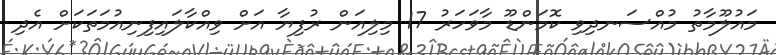
މައުލޫމާތު މުއްސަނދިވި ކޮމަންޑޫ މާވަހަރު 17 މިލިއަން ރުފިޔާ އަށް ވިއްކާލައިފިނިއުމަތަކަށް އެދި